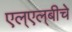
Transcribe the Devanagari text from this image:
एल्‌एल्‌बीचे